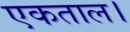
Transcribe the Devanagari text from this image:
एकताल।